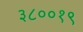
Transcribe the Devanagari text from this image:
३८००१९